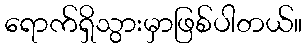
ရောက်ရှိသွားမှာဖြစ်ပါတယ်။